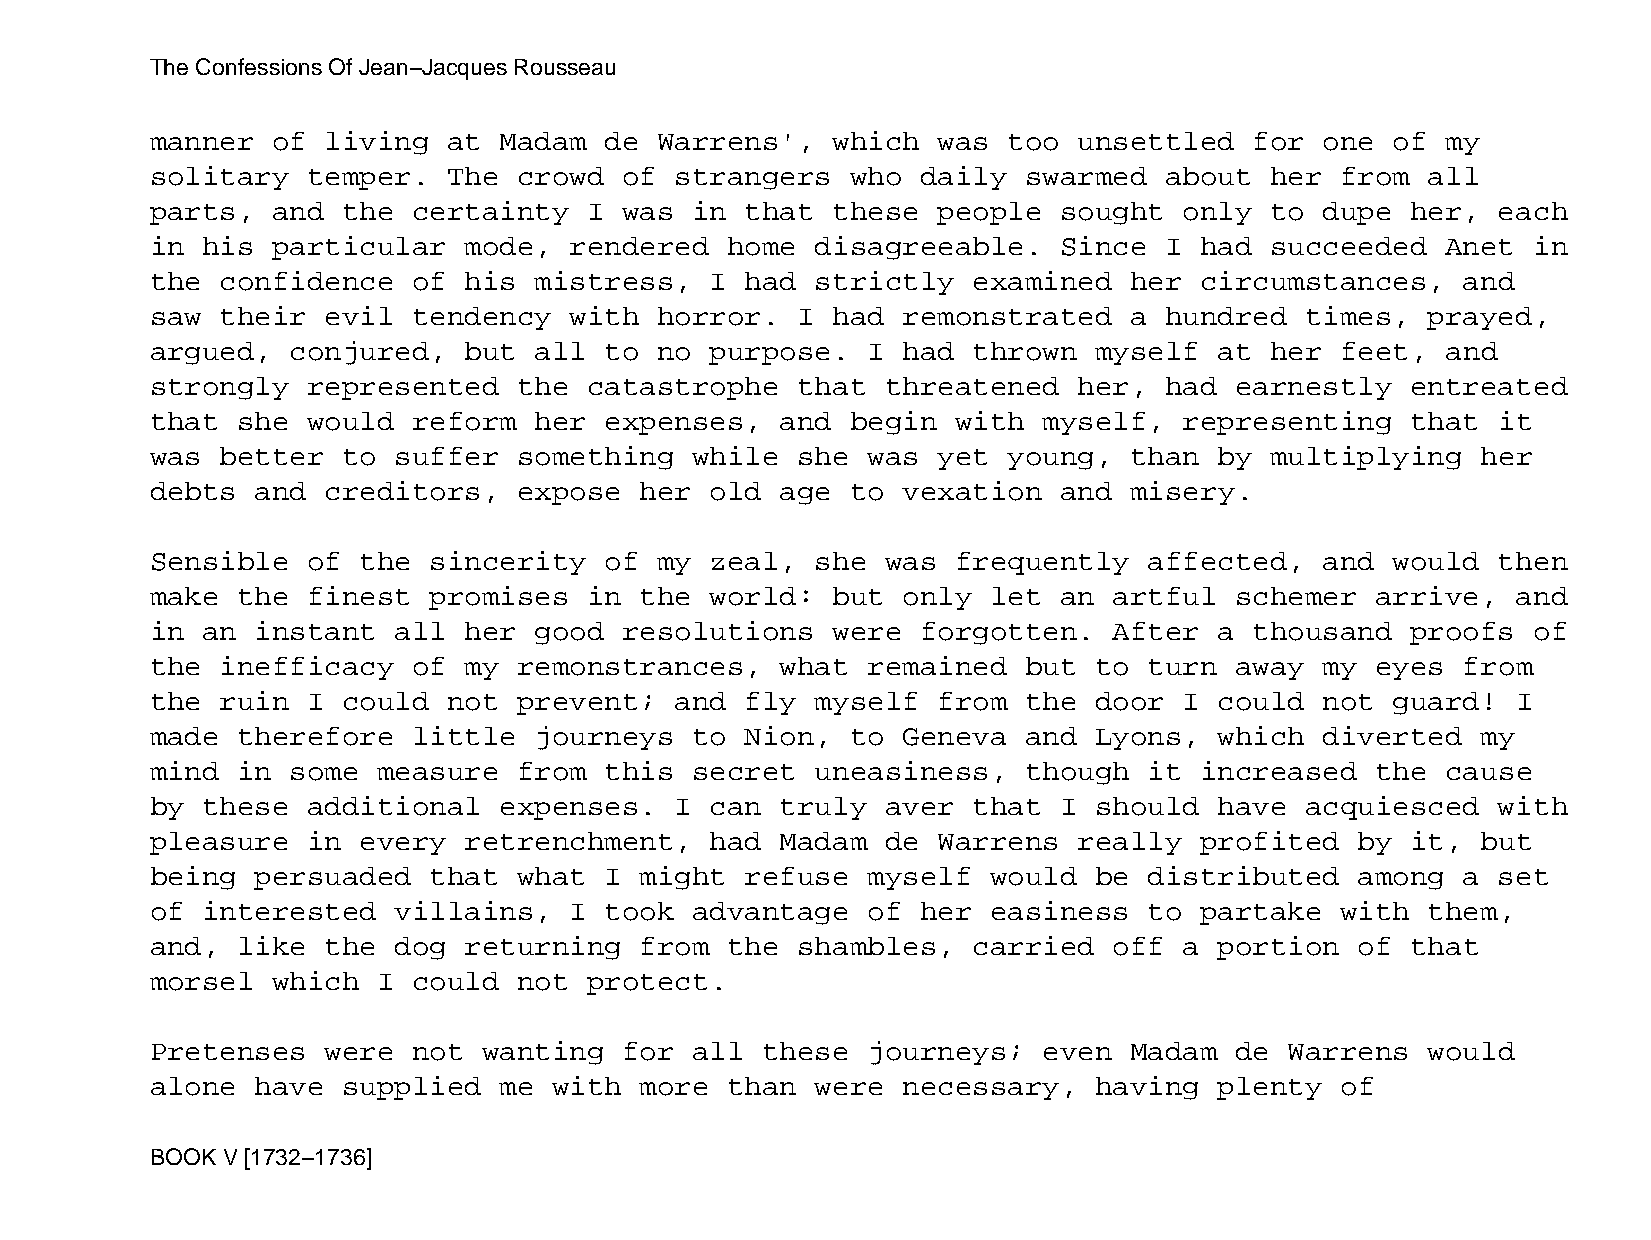
The Confessions Of Jean−Jacques Rousseau
 manner  of  living  at Madam  de  Warrens',  which  was  too unsettled   for  one of  my
 solitary  temper.   The crowd  of  strangers  who  daily  swarmed  about  her  from  all
 parts,  and  the certainty   I was  in that  these  people  sought  only  to  dupe her,  each
 in his  particular   mode,  rendered  home  disagreeable.   Since  I had  succeeded   Anet in
 the  confidence  of  his mistress,   I had  strictly  examined   her circumstances,    and
 saw  their  evil tendency   with  horror.  I had  remonstrated   a hundred  times,   prayed,
 argued,  conjured,   but all  to  no purpose.  I  had thrown  myself   at her  feet,  and
 strongly  represented   the  catastrophe   that  threatened  her,  had  earnestly  entreated
 that  she would  reform  her  expenses,   and begin  with  myself,  representing   that  it
 was  better  to suffer  something   while  she was  yet  young,  than  by multiplying   her
 debts  and  creditors,  expose  her  old  age to  vexation  and  misery.
 Sensible  of  the sincerity   of  my zeal,  she  was frequently   affected,   and would  then
 make  the finest  promises   in the  world:  but  only  let an  artful  schemer  arrive,  and
 in an  instant  all  her good  resolutions   were  forgotten.   After  a thousand  proofs  of
 the  inefficacy  of  my remonstrances,    what remained   but to  turn  away  my eyes  from
 the  ruin I  could  not prevent;   and fly  myself  from  the door  I  could  not guard!  I
 made  therefore  little  journeys   to Nion,  to  Geneva  and Lyons,   which  diverted  my
 mind  in some  measure  from  this  secret  uneasiness,   though  it increased   the  cause
 by these  additional   expenses.   I can  truly  aver that  I should   have acquiesced   with
 pleasure  in  every  retrenchment,   had  Madam  de Warrens  really  profited   by it,  but
 being  persuaded  that  what  I might  refuse  myself   would be  distributed   among  a set
 of interested   villains,   I took  advantage  of  her  easiness  to partake   with  them,
 and,  like  the dog  returning  from  the  shambles,  carried   off a  portion  of that
 morsel  which  I could  not  protect.
 Pretenses   were not  wanting  for  all these  journeys;   even  Madam  de Warrens   would
 alone  have  supplied  me  with more  than  were  necessary,  having   plenty  of
 BOOK V [1732−1736]